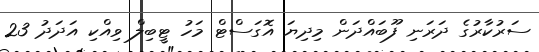
ސަރުކާރުގެ ދަރަނި ފޫބައްދަން މިދިޔަ އޮގަސްޓް މަހު ޓީބިލް ވިއްކި އަދަދު 23